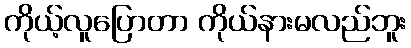
ကိုယ့်လူပြောတာ ကိုယ်နားမလည်ဘူး